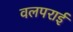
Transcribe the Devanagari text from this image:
वलपराई